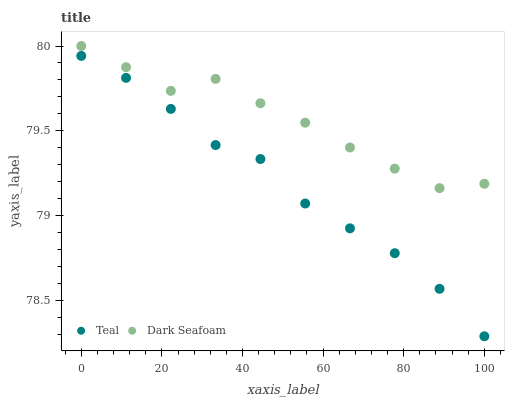
| xaxis_label | Teal | Dark Seafoam |
 | --- | --- | --- |
 | 0 | 79.9 | 80 |
 | 11.1 | 79.8 | 79.9 |
 | 22.2 | 79.6 | 79.7 |
 | 33.3 | 79.4 | 79.8 |
 | 44.4 | 79.3 | 79.7 |
 | 55.6 | 79.1 | 79.5 |
 | 66.7 | 78.9 | 79.4 |
 | 77.8 | 78.8 | 79.3 |
 | 88.9 | 78.6 | 79.2 |
 | 100 | 78.3 | 79.2 |